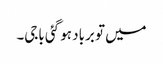
میں تو برباد ہو گئی باجی۔